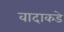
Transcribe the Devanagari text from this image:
वादाकडे